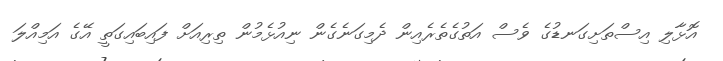
އޮޅާލި އިސްތަށިގަނޑުގެ ވެސް އަތުގެތެރެއިން ދެމިގަނެގެން ނިއުޅެމުން ތިރިއަށް ފައިބައިގަތީ އޭގެ އަމިއްލަ